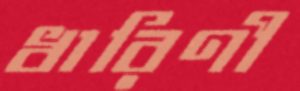
ধারিণী